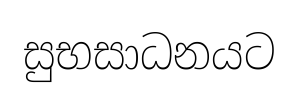
සුභසාධනයට